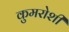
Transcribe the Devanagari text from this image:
कुमरोशी